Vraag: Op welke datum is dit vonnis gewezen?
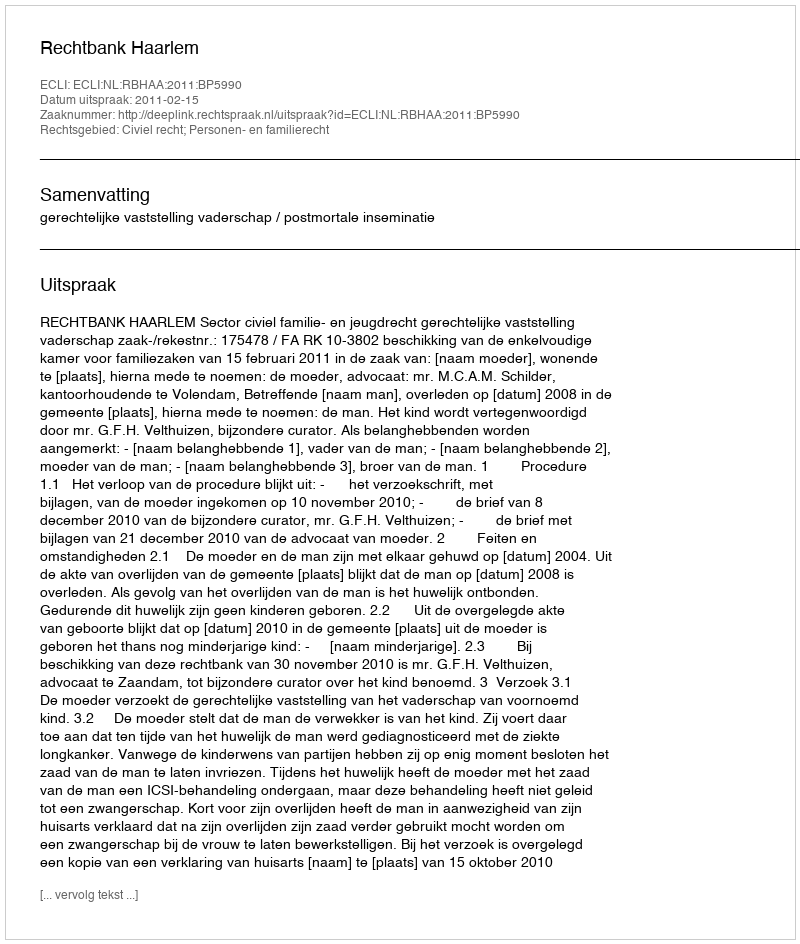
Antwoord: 2011-02-15